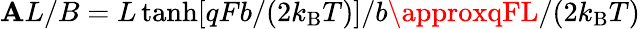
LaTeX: \mathbf{A}L/B=L\operatorname{tanh}[qFb/(2k_{\mathrm{{B}}}T)]/b\approxqFL/(2k_{\mathrm{{B}}}T)